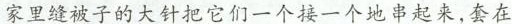
家里缝被子的大针把它们一个接一个地串起来,套在